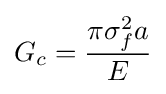
G_{c}={\frac {\pi \sigma _{f}^{2}a}{E}}